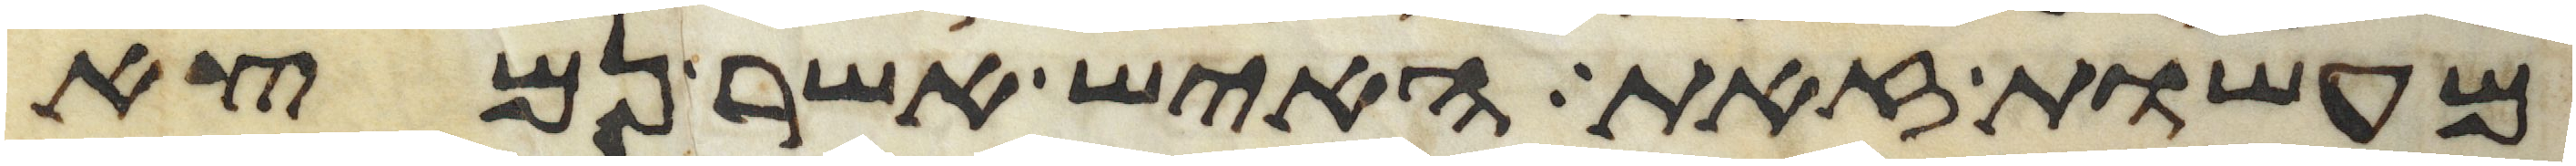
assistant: מעשות זאת האיש אשר נמצא